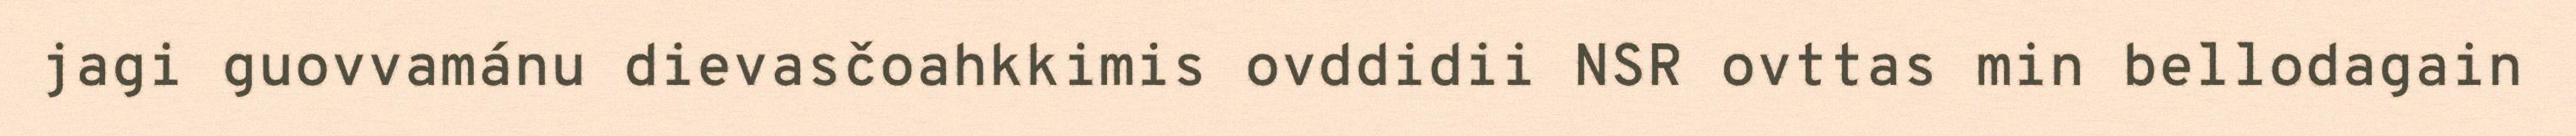
jagi guovvamánu dievasčoahkkimis ovddidii NSR ovttas min bellodagain